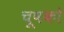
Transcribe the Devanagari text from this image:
चूषको